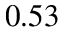
0 . 5 3